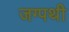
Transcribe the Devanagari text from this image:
जग्पथी